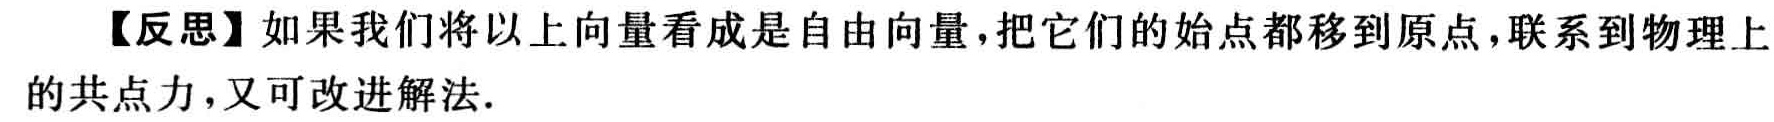
【反思】如果我们将以上向量看成是自由向量，把它们的始点都移到原点，联系到物理上的共点力，又可改进解法.